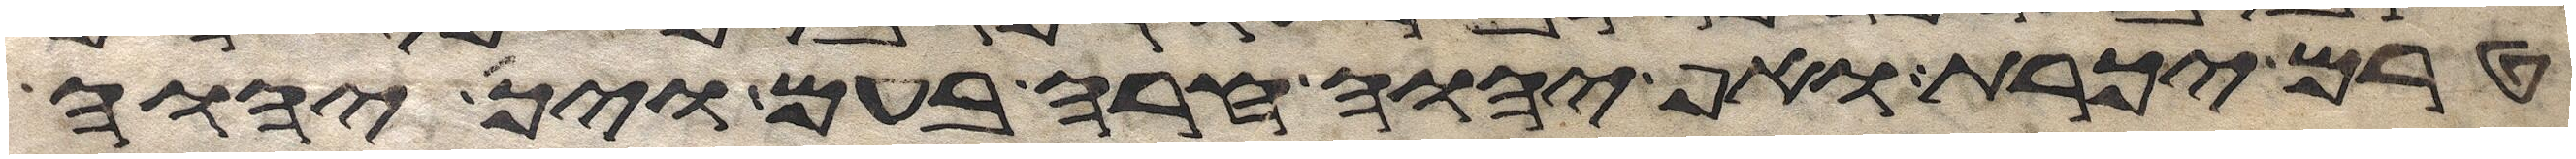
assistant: טרם יכרת ואף יהוה חרה בעם ויך יהוה